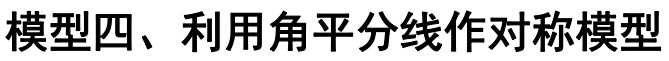
模型四、利用角平分线作对称模型